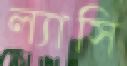
ল্যাসি